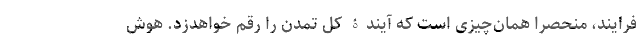
فرایند، منحصراً همان‌چیزی است که آیندۀ کل تمدن را رقم خواهدزد. هوش